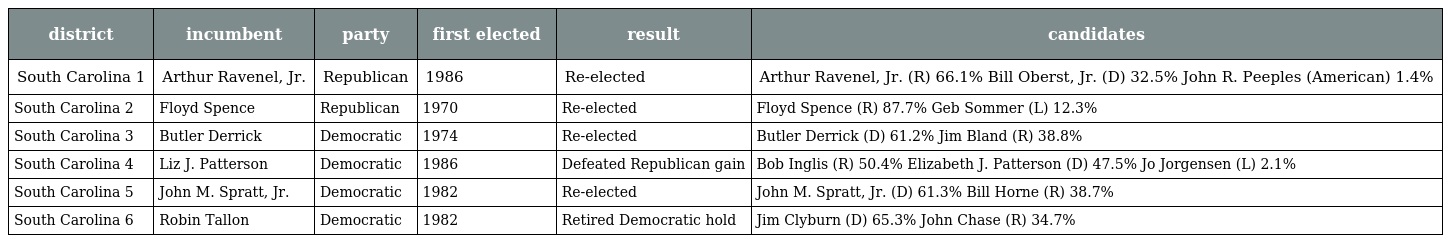
| district | incumbent | party | first elected | result | candidates |
 | --- | --- | --- | --- | --- | --- |
 | South Carolina 1 | Arthur Ravenel, Jr. | Republican | 1986 | Re-elected | Arthur Ravenel, Jr. (R) 66.1% Bill Oberst, Jr. (D) 32.5% John R. Peeples (American) 1.4% |
 | South Carolina 2 | Floyd Spence | Republican | 1970 | Re-elected | Floyd Spence (R) 87.7% Geb Sommer (L) 12.3% |
 | South Carolina 3 | Butler Derrick | Democratic | 1974 | Re-elected | Butler Derrick (D) 61.2% Jim Bland (R) 38.8% |
 | South Carolina 4 | Liz J. Patterson | Democratic | 1986 | Defeated Republican gain | Bob Inglis (R) 50.4% Elizabeth J. Patterson (D) 47.5% Jo Jorgensen (L) 2.1% |
 | South Carolina 5 | John M. Spratt, Jr. | Democratic | 1982 | Re-elected | John M. Spratt, Jr. (D) 61.3% Bill Horne (R) 38.7% |
 | South Carolina 6 | Robin Tallon | Democratic | 1982 | Retired Democratic hold | Jim Clyburn (D) 65.3% John Chase (R) 34.7% |